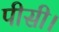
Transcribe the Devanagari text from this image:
पीसी।